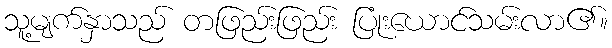
သူ့မျက်နှာသည် တဖြည်းဖြည်း ပြုံးယောင်သမ်းလာ၏။